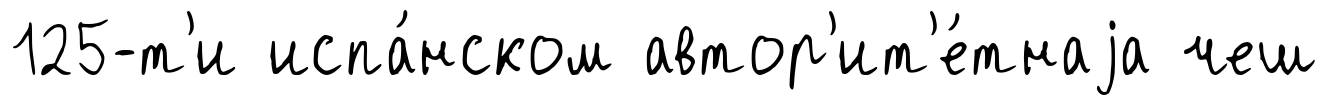
125-т'и испа́нском автор'ит'е́тнаjа чеш